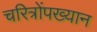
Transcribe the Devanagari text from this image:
चरित्रोंपख्यान